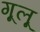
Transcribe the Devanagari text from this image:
गूलू